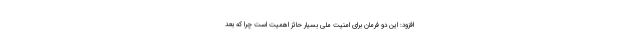
افزود: این دو فرمان برای امنیت ملی بسیار حائز اهمیت است چرا که بعد